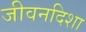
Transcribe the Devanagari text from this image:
जीवनदिशा